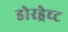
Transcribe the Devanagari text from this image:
डोरड्रेच्ट